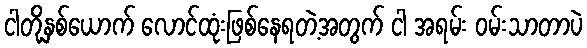
ငါတို့နှစ်ယောက် လောင်ထုံးဖြစ်နေရတဲ့အတွက် ငါ အရမ်း ဝမ်းသာတာပဲ